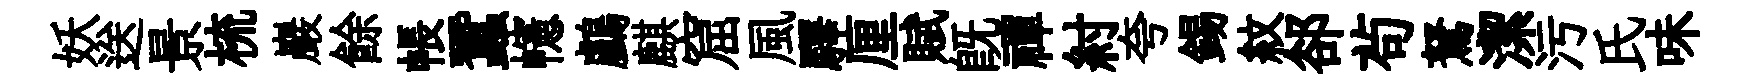
妖送景梳巖餘帳蠶幰鸕麒窟風驛厘賦旣禪紂夸錫紋郤茍駑潔污氏味